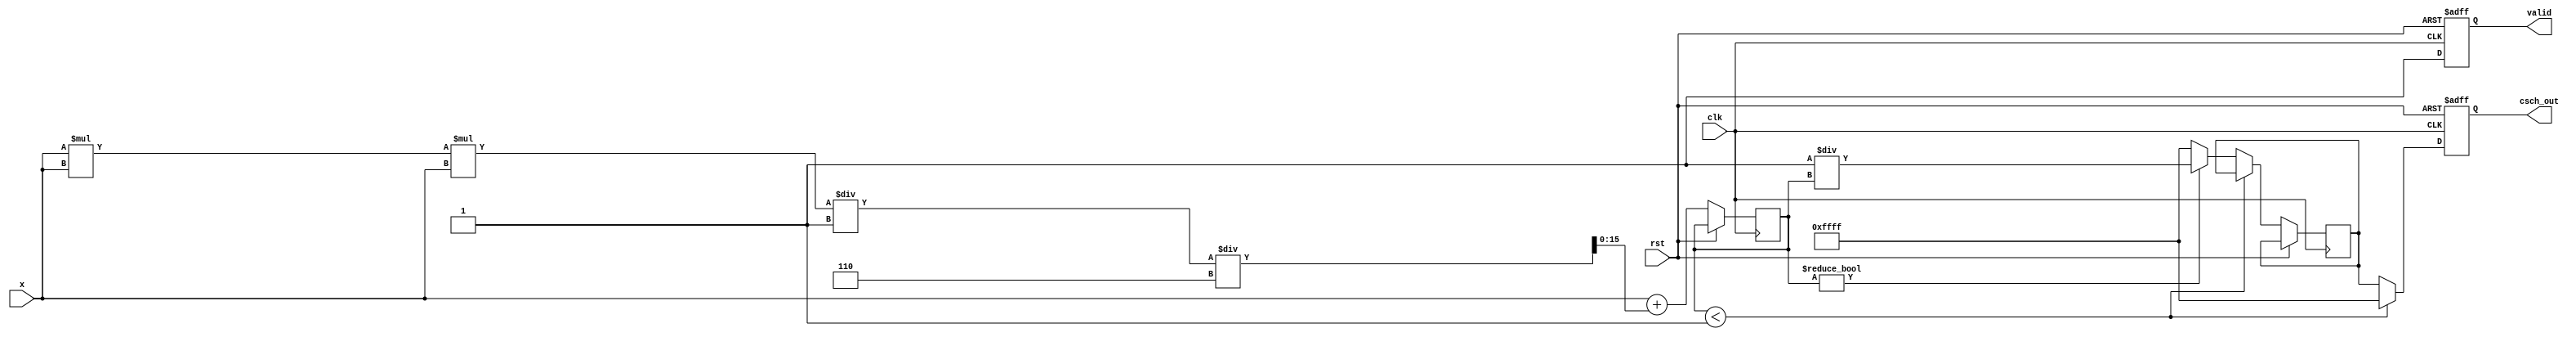
module hyperbolic_cosecant (
    input wire [15:0] x,         // Input: Fixed-point representation of x
    output reg [15:0] csch_out,  // Output: Fixed-point representation of csch(x)
    input wire clk,
    input wire rst,
    output reg valid            // Output: Valid signal to indicate output is ready
);

    // Constants
    localparam FIXED_POINT_SCALE = 16'h0001; // scale factor for fixed-point representation
    localparam EPSILON = 16'h0001; // small threshold to handle special cases

    // Intermediate signals
    reg [15:0] sinh_x;            // Variable to store sinh(x)
    reg [15:0] reciprocal;        // Variable to store 1/sinh(x)

    // Simple approximation for sinh(x) using Taylor series expansion
    function [15:0] sinh_approx;
        input [15:0] x;
        begin
            // sinh(x) = x + x^3/3! + x^5/5! + ...
            // For simplicity, we limit the expansion to first two terms
            sinh_approx = x + (x * x * x) / FIXED_POINT_SCALE / 6; // x^3 / 3!
        end
    endfunction

    // Reciprocal calculation using a simple division
    function [15:0] divide;
        input [15:0] numerator;
        input [15:0] denominator;
        begin
            if (denominator != 0)
                divide = numerator / denominator; // Simple division
            else
                divide = 16'hFFFF; // Handle division by zero (could set to NaN or other value)
        end
    endfunction

    always @(posedge clk or posedge rst) begin
        if (rst) begin
            csch_out <= 0;
            valid <= 0;
        end else begin
            // Step 1: Compute sinh(x)
            sinh_x <= sinh_approx(x);
            
            // Step 2: Check for special cases
            if (sinh_x < EPSILON) begin
                // Handle cases close to zero
                csch_out <= 16'hFFFF; // Could signal overflow or undefined
                valid <= 1; // indicate output is ready
            end else begin
                // Step 3: Compute the reciprocal of sinh(x)
                reciprocal <= divide(FIXED_POINT_SCALE, sinh_x);
                csch_out <= reciprocal;
                valid <= 1; // indicate output is ready
            end
        end
    end

endmodule